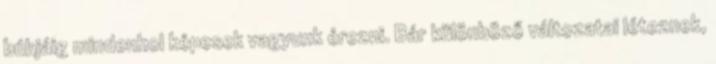
búbjáig mindenhol képesek vagyunk érezni. Bár különböző változatai léteznek,